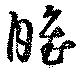
睢